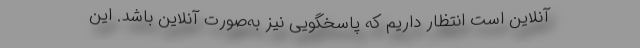
آنلاین است انتظار داریم که پاسخگویی نیز به‌صورت آنلاین باشد. این